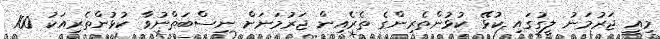
މިއީ ޖަރުމަނު ލީގުގައި ކުޅޭ ކުޅުންތެރިންގެ ތެރެއިން ޖަރުމަނަށް ނިސްބަތްނުވާ ކުޅުންތެރިއަކު 100